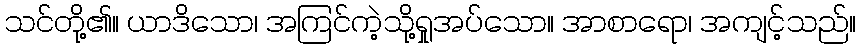
သင်တို့၏။ ယာဒိသော၊ အကြင်ကဲ့သို့ရှုအပ်သော။ အာစာရော၊ အကျင့်သည်။